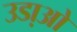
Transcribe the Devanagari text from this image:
उडा़ओ